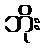
ဘိုး